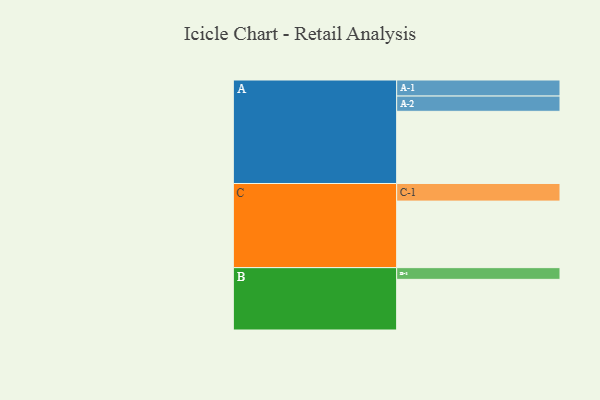
{"axis": {"x": "Segment", "y": "Value"}, "legend": ["", "A", "B", "C"], "data": [{"x": "A", "y": 463, "type": ""}, {"x": "B", "y": 325, "type": ""}, {"x": "C", "y": 427, "type": ""}, {"x": "A-1", "y": 103, "type": "A"}, {"x": "A-2", "y": 98, "type": "A"}, {"x": "B-1", "y": 75, "type": "B"}, {"x": "C-1", "y": 113, "type": "C"}]}